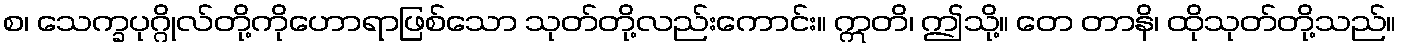
စ၊ သေက္ခပုဂ္ဂိုလ်တို့ကိုဟောရာဖြစ်သော သုတ်တို့လည်းကောင်း။ ဣတိ၊ ဤသို့။ တေ တာနိ၊ ထိုသုတ်တို့သည်။